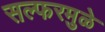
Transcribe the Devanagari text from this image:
सल्फरमुळे